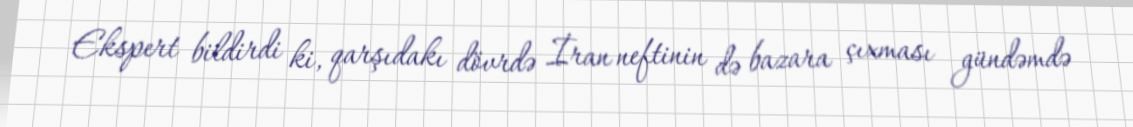
Ekspert bildirdi ki, qarşıdakı dövrdə İran neftinin də bazara çıxması gündəmdə